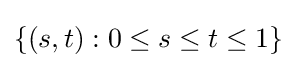
\{(s,t):0\leq s\leq t\leq 1\}